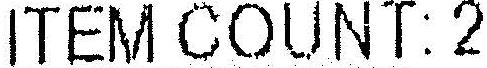
ITEM COUNT: 2